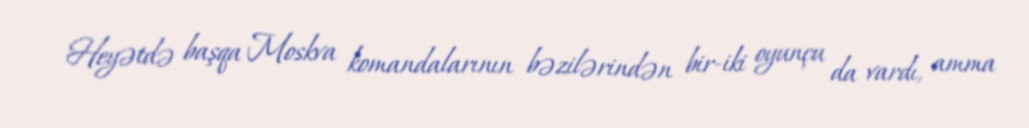
Heyətdə başqa Moskva komandalarının bəzilərindən bir-iki oyunçu da vardı, amma